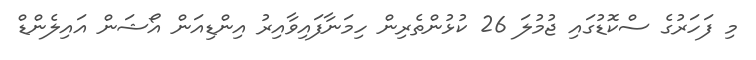
މި ފަހަރުގެ ސްކޮޑުގައި ޖުމުލަ 26 ކުޅުންތެރިން ހިމަނާފައިވާއިރު އިންޑިއަން އޯޝަން އައިލެންޑް